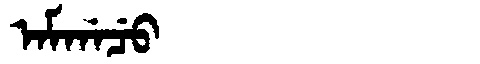
Manchu: ᠠᠮᡤᠠᠴᡠ
Romanization: AMGACU